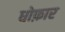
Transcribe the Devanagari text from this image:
धोफ़ार